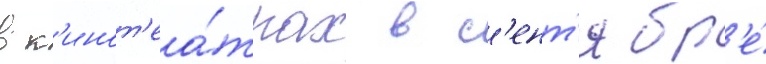
в к'инот'еа́трах в с'ент'ябр'е́